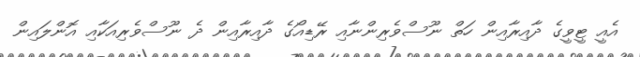
އެއީ ޓީވީގެ ދާއިރާއިން ހަތް ނޫސްވެރިންނާއި ރޭޑިއޯގެ ދާއިރާއިން ދެ ނޫސްވެރިއަކާއި އޮންލައިން